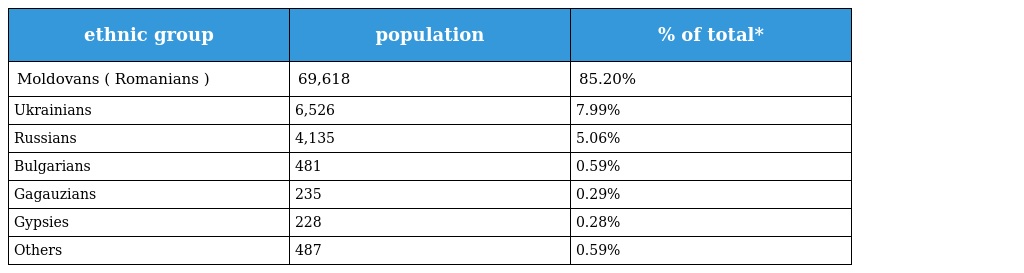
| ethnic group | population | % of total* |
 | --- | --- | --- |
 | Moldovans ( Romanians ) | 69,618 | 85.20% |
 | Ukrainians | 6,526 | 7.99% |
 | Russians | 4,135 | 5.06% |
 | Bulgarians | 481 | 0.59% |
 | Gagauzians | 235 | 0.29% |
 | Gypsies | 228 | 0.28% |
 | Others | 487 | 0.59% |